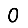
Digit: 0